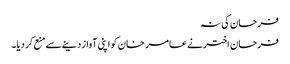
فرحان کی نہ
فرحان اختر نے عامر خان کو اپنی آواز دینے سے منع کر دیا۔